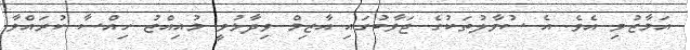
އަމާޒުވި އެވެ. އެ ސުވާލުތަކުގެ ޖަވާބުގައި އާޒިމް ވިދާޅުވީ މުއިއްޒު ހިއްސާ ކުރައްވާ